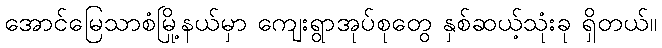
အောင်မြေသာစံမြို့နယ်မှာ ကျေးရွာအုပ်စုတွေ နှစ်ဆယ့်သုံးခု ရှိတယ်။